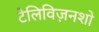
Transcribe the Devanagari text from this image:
टेलिविज़नशो